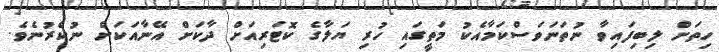
ހިތަށް ލިބިފައިވާ ނުތަނަވަސްކަމާއެކު މަތީގައި ހުރި ޔަލާގެ ކޮޓަރިއަށް ދާކަށް އޭނާއަކަށް ނުކެރުނެވެ.